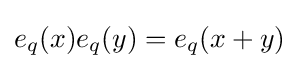
e_{q}(x)e_{q}(y)=e_{q}(x+y)